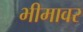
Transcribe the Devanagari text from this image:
भीमावर